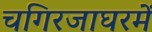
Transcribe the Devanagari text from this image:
चगिरजाघरमें